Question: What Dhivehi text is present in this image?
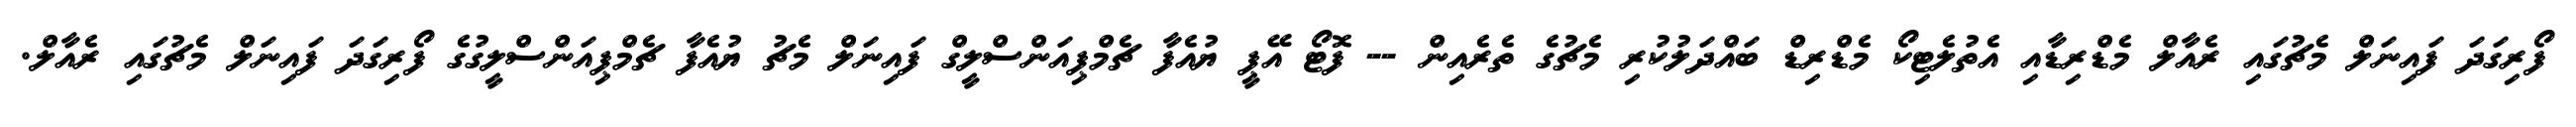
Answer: ފޯރިގަދަ ފައިނަލް މެޗުގައި ރެއާލް މެޑްރިޑާއި އެތުލެޓިކޯ މެޑްރިޑް ބައްދަލުކުރި މެޗުގެ ތެރެއިން -- ފޮޓޯ އޭޕީ ޔުއެފާ ޗެމްޕިއަންސްލީގް ފައިނަލް މެޗު ޔުއެފާ ޗެމްޕިއަންސްލީގުގެ ފޯރިގަދަ ފައިނަލް މެޗުގައި ރެއާލް.